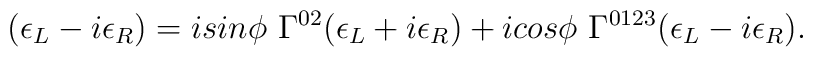
(\epsilon_L - i \epsilon_R) = i sin\phi ~\Gamma^{0 2}               (\epsilon_L + i \epsilon_R) +            i cos\phi ~\Gamma^{0 1 2 3} (\epsilon_L - i \epsilon_R).